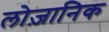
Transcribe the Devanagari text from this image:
लोज़ानिक